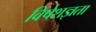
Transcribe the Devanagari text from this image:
विषेशज्ञता